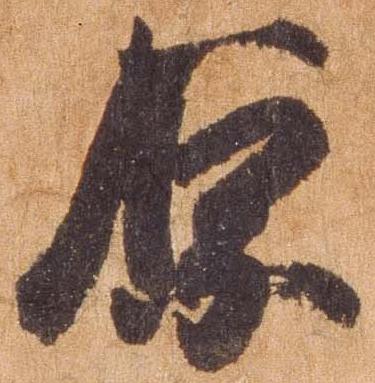
原